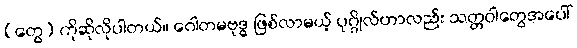
(တွေ) ကိုဆိုလိုပါတယ်။ ဂေါတမဗုဒ္ဓ ဖြစ်လာမယ့် ပုဂ္ဂိုလ်ဟာလည်း သတ္တဝါတွေအပေါ်